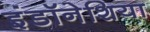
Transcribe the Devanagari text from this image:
इंडॉनेशिया